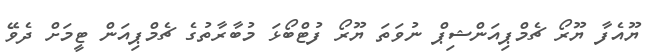
ޔޫއެފާ ޔޫރޯ ޗެމްޕިއަންޝިޕް ނުވަތަ ޔޫރޯ ފުޓްބޯޅަ މުބާރާތުގެ ޗެމްޕިއަން ޓީމަށް ދެވޭ